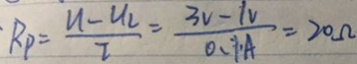
R _ { P } = \frac { u - u _ { 2 } } { I } = \frac { 3 v - 1 V } { 0 . 1 A } = 2 0 \Omega